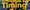
timimg